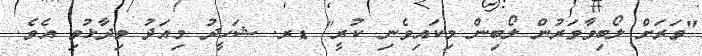
"ވަރަށް ލޯބިވާވަރުން ލޯބިން މިކައިވެނި ކުރީ" ޑރ. ޝަހީދު މިއަދު ވިދާޅުވި އެވެ.